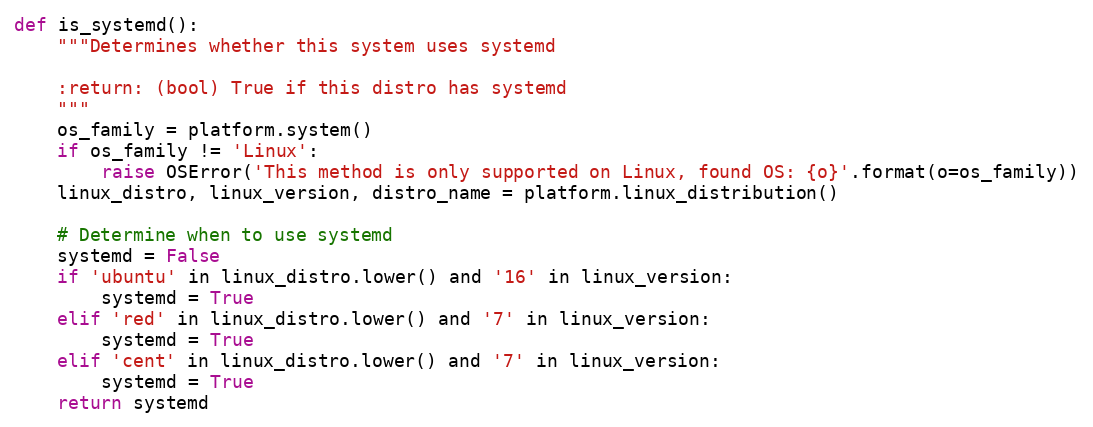
Language: Python
def is_systemd():
    """Determines whether this system uses systemd

    :return: (bool) True if this distro has systemd
    """
    os_family = platform.system()
    if os_family != 'Linux':
        raise OSError('This method is only supported on Linux, found OS: {o}'.format(o=os_family))
    linux_distro, linux_version, distro_name = platform.linux_distribution()

    # Determine when to use systemd
    systemd = False
    if 'ubuntu' in linux_distro.lower() and '16' in linux_version:
        systemd = True
    elif 'red' in linux_distro.lower() and '7' in linux_version:
        systemd = True
    elif 'cent' in linux_distro.lower() and '7' in linux_version:
        systemd = True
    return systemd